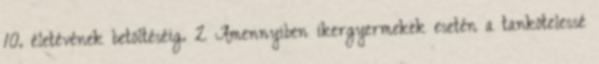
10. életévének betöltéséig. 2 Amennyiben ikergyermekek esetén a tankötelessé